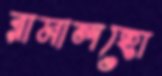
রামালহো